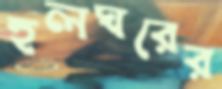
হলঘরের